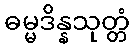
ဓမ္မဒိန္နသုတ္တံ